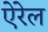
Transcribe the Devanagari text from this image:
ऐरेल